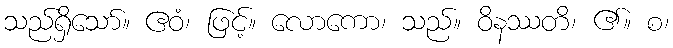
သည်ရှိသော်။ ဧဝံ၊ ဖြင့်။ လောကော၊ သည်။ ဝိနဿတိ၊ ၏။ စ၊